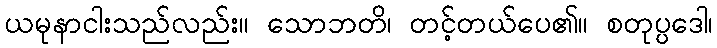
ယမုနာငါးသည်လည်း။ သောဘတိ၊ တင့်တယ်ပေ၏။ စတုပ္ပဒေါ၊